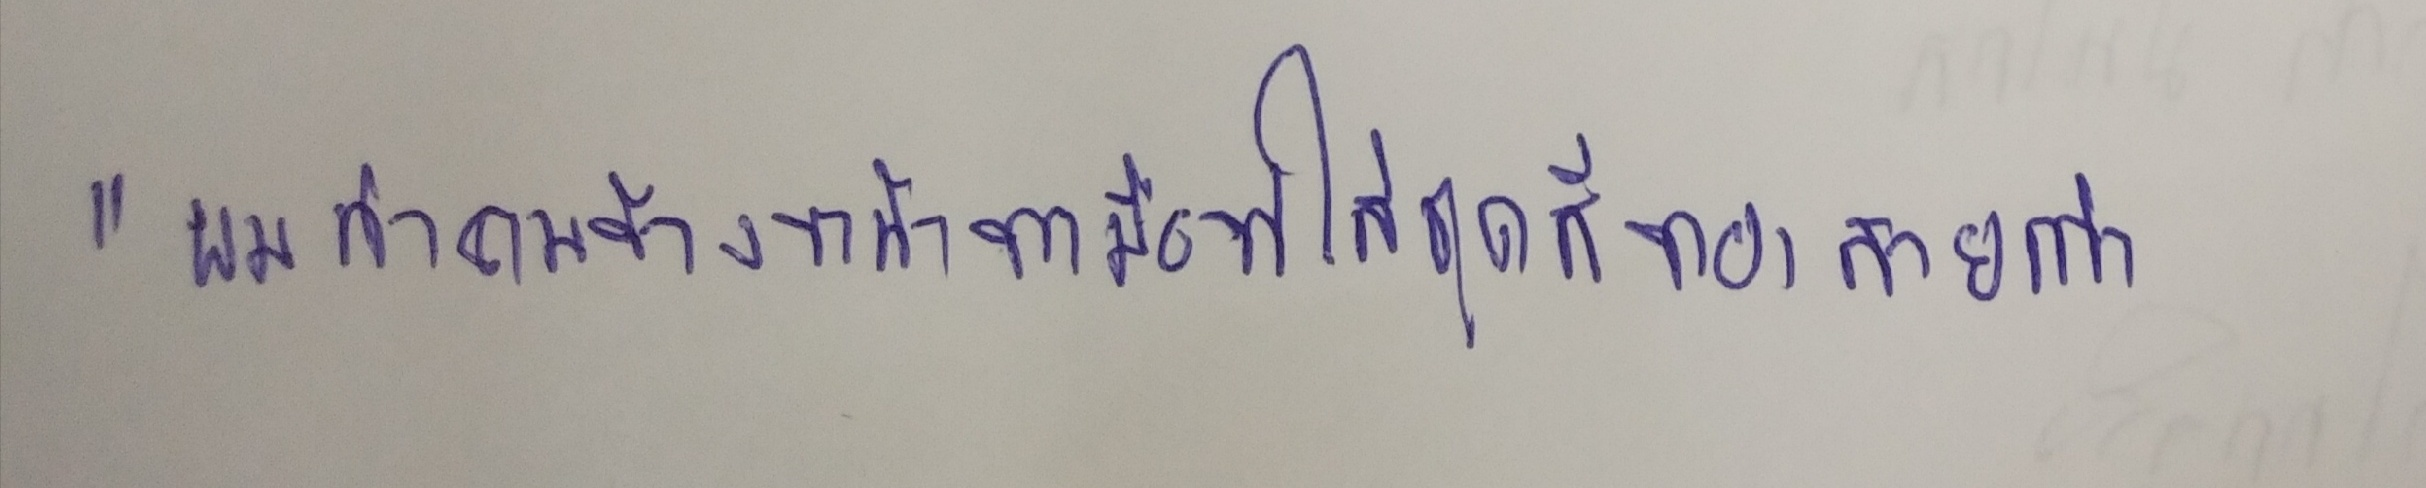
"ผมว่าคนข้างหน้าขวามือที่ใส่ชุดสีทองสวยกว่า